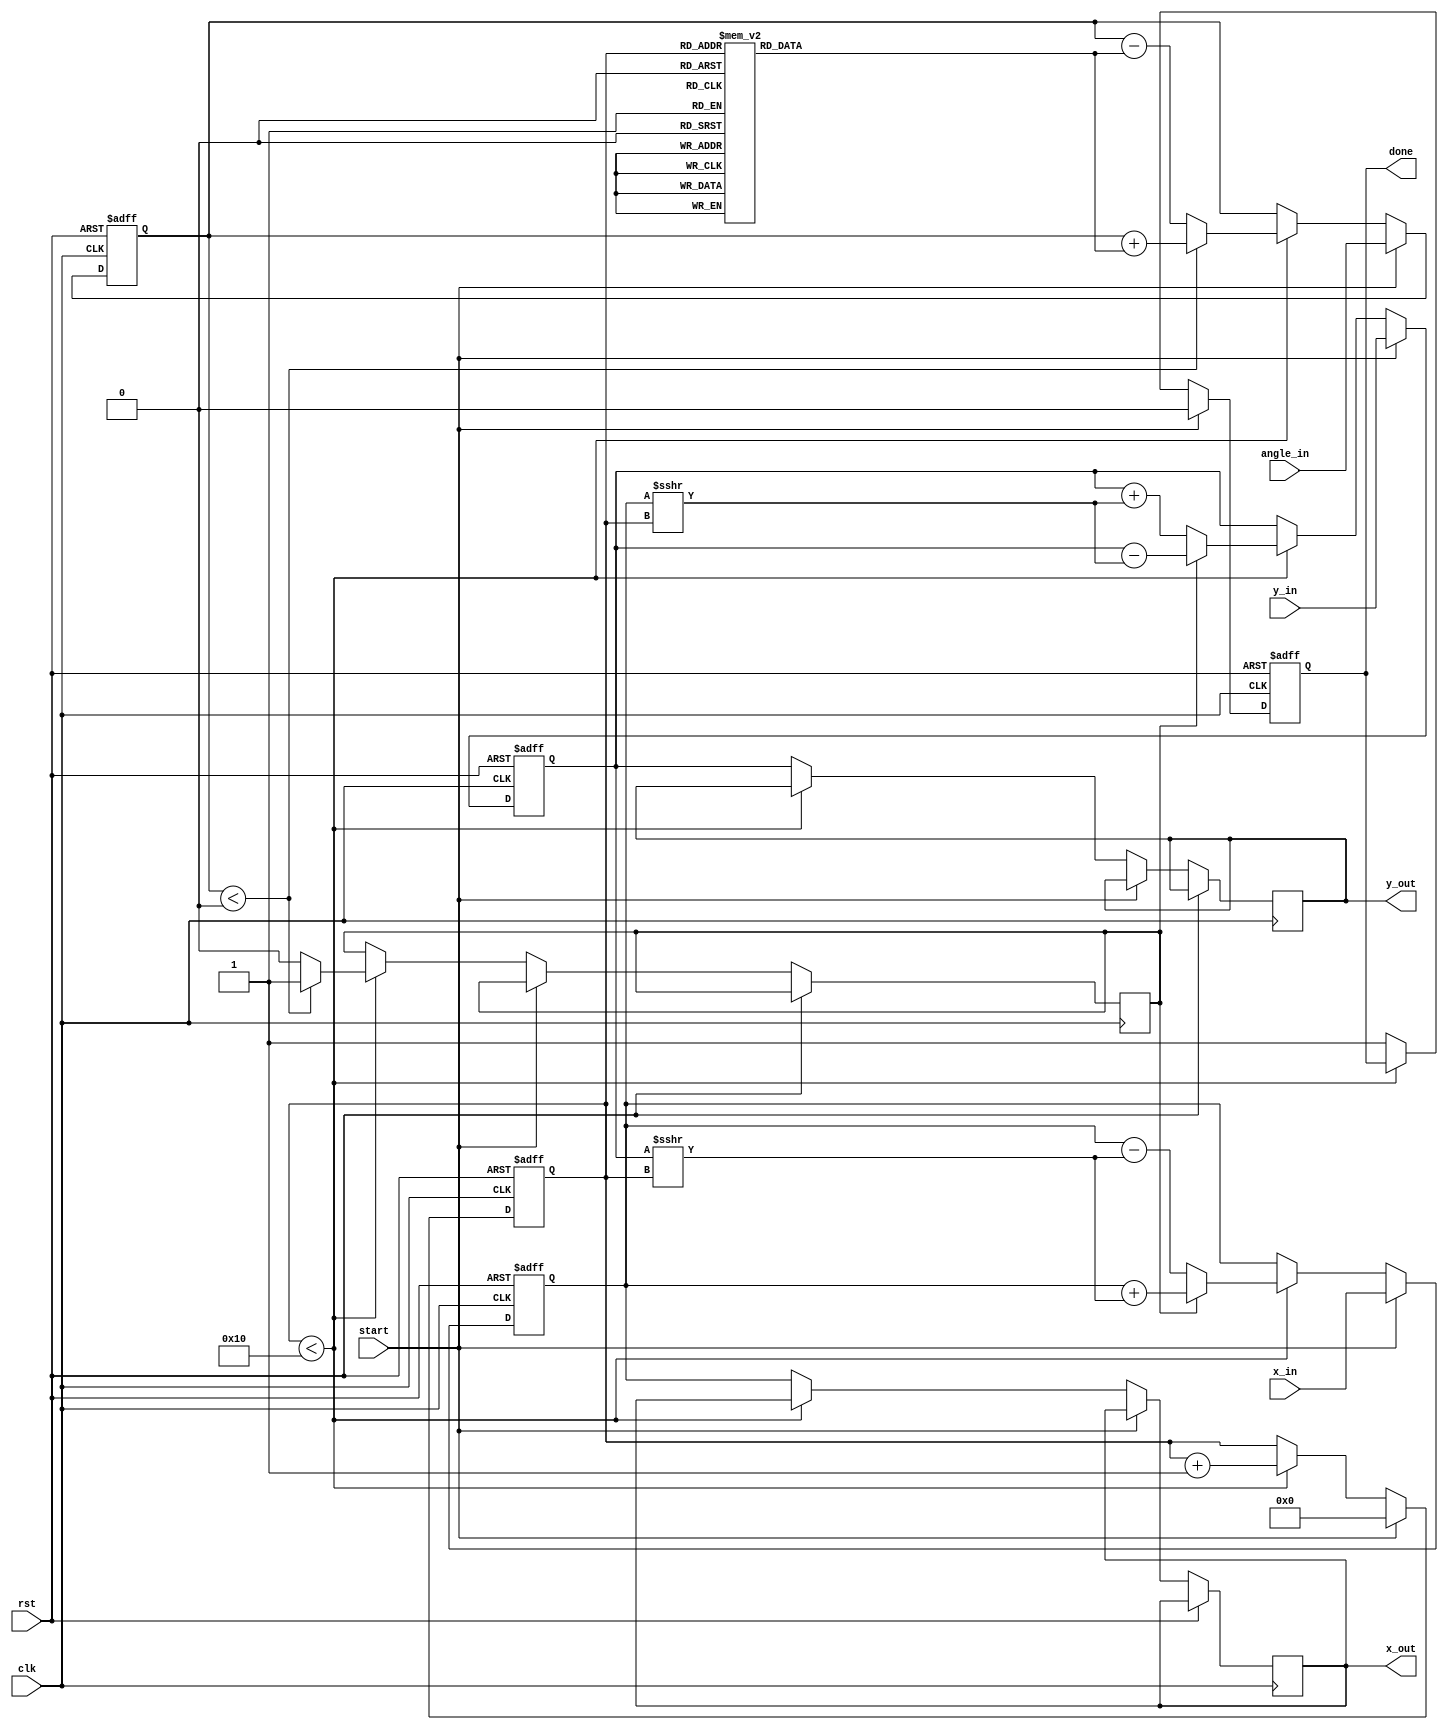
module cordic_2d (
    input wire clk,
    input wire rst,
    input wire start,
    input wire [15:0] x_in,      // Input x coordinate
    input wire [15:0] y_in,      // Input y coordinate
    input wire [15:0] angle_in,  // Input angle in radians (fixed-point)
    output reg [15:0] x_out,     // Output x coordinate
    output reg [15:0] y_out,     // Output y coordinate
    output reg done              // Done signal
);

    // CORDIC parameters
    parameter NUM_ITERATIONS = 16; // Number of iterations
    reg [15:0] angle_table [0:NUM_ITERATIONS-1]; // Angle lookup table
    reg [15:0] scaling_factors [0:NUM_ITERATIONS-1]; // Scaling factors
    reg [15:0] x, y, angle;
    reg [3:0] iteration;
    reg direction; // 0 for clockwise, 1 for counterclockwise

    // Initialize angle table and scaling factors
    initial begin
        // Populate angle_table with atan(2^-i) values (in fixed-point format)
        angle_table[0] = 16'h0000; // atan(1) = 0
        angle_table[1] = 16'h3C90; // atan(0.5) = 26.565 degrees
        angle_table[2] = 16'h3A30; // atan(0.25) = 14.036 degrees
        // ... Populate remaining values ...
        
        // Populate scaling_factors (fixed-point format)
        scaling_factors[0] = 16'h0000; // Scaling factor for i=0
        scaling_factors[1] = 16'h1C74; // Scaling factor for i=1
        // ... Populate remaining values ...
    end

    // State machine for CORDIC operation
    always @(posedge clk or posedge rst) begin
        if (rst) begin
            x <= 0;
            y <= 0;
            angle <= 0;
            iteration <= 0;
            done <= 0;
        end else if (start) begin
            x <= x_in;
            y <= y_in;
            angle <= angle_in;
            iteration <= 0;
            done <= 0;
        end else if (iteration < NUM_ITERATIONS) begin
            // Determine direction of rotation
            if (angle < 0) begin
                direction <= 1; // Counterclockwise
                angle <= angle + angle_table[iteration];
            end else begin
                direction <= 0; // Clockwise
                angle <= angle - angle_table[iteration];
            end

            // Update coordinates based on rotation
            if (direction) begin
                x <= x + (y >>> iteration);
                y <= y - (x >>> iteration);
            end else begin
                x <= x - (y >>> iteration);
                y <= y + (x >>> iteration);
            end

            iteration <= iteration + 1;
        end else begin
            // Final output after all iterations
            x_out <= x;
            y_out <= y;
            done <= 1;
        end
    end
endmodule